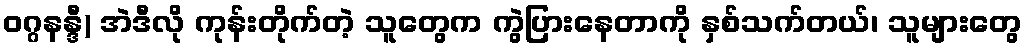
ဝဂ္ဂနန္ဒီ) အဲဒီလို ကုန်းတိုက်တဲ့ သူတွေက ကွဲပြားနေတာကို နှစ်သက်တယ်၊ သူများတွေ